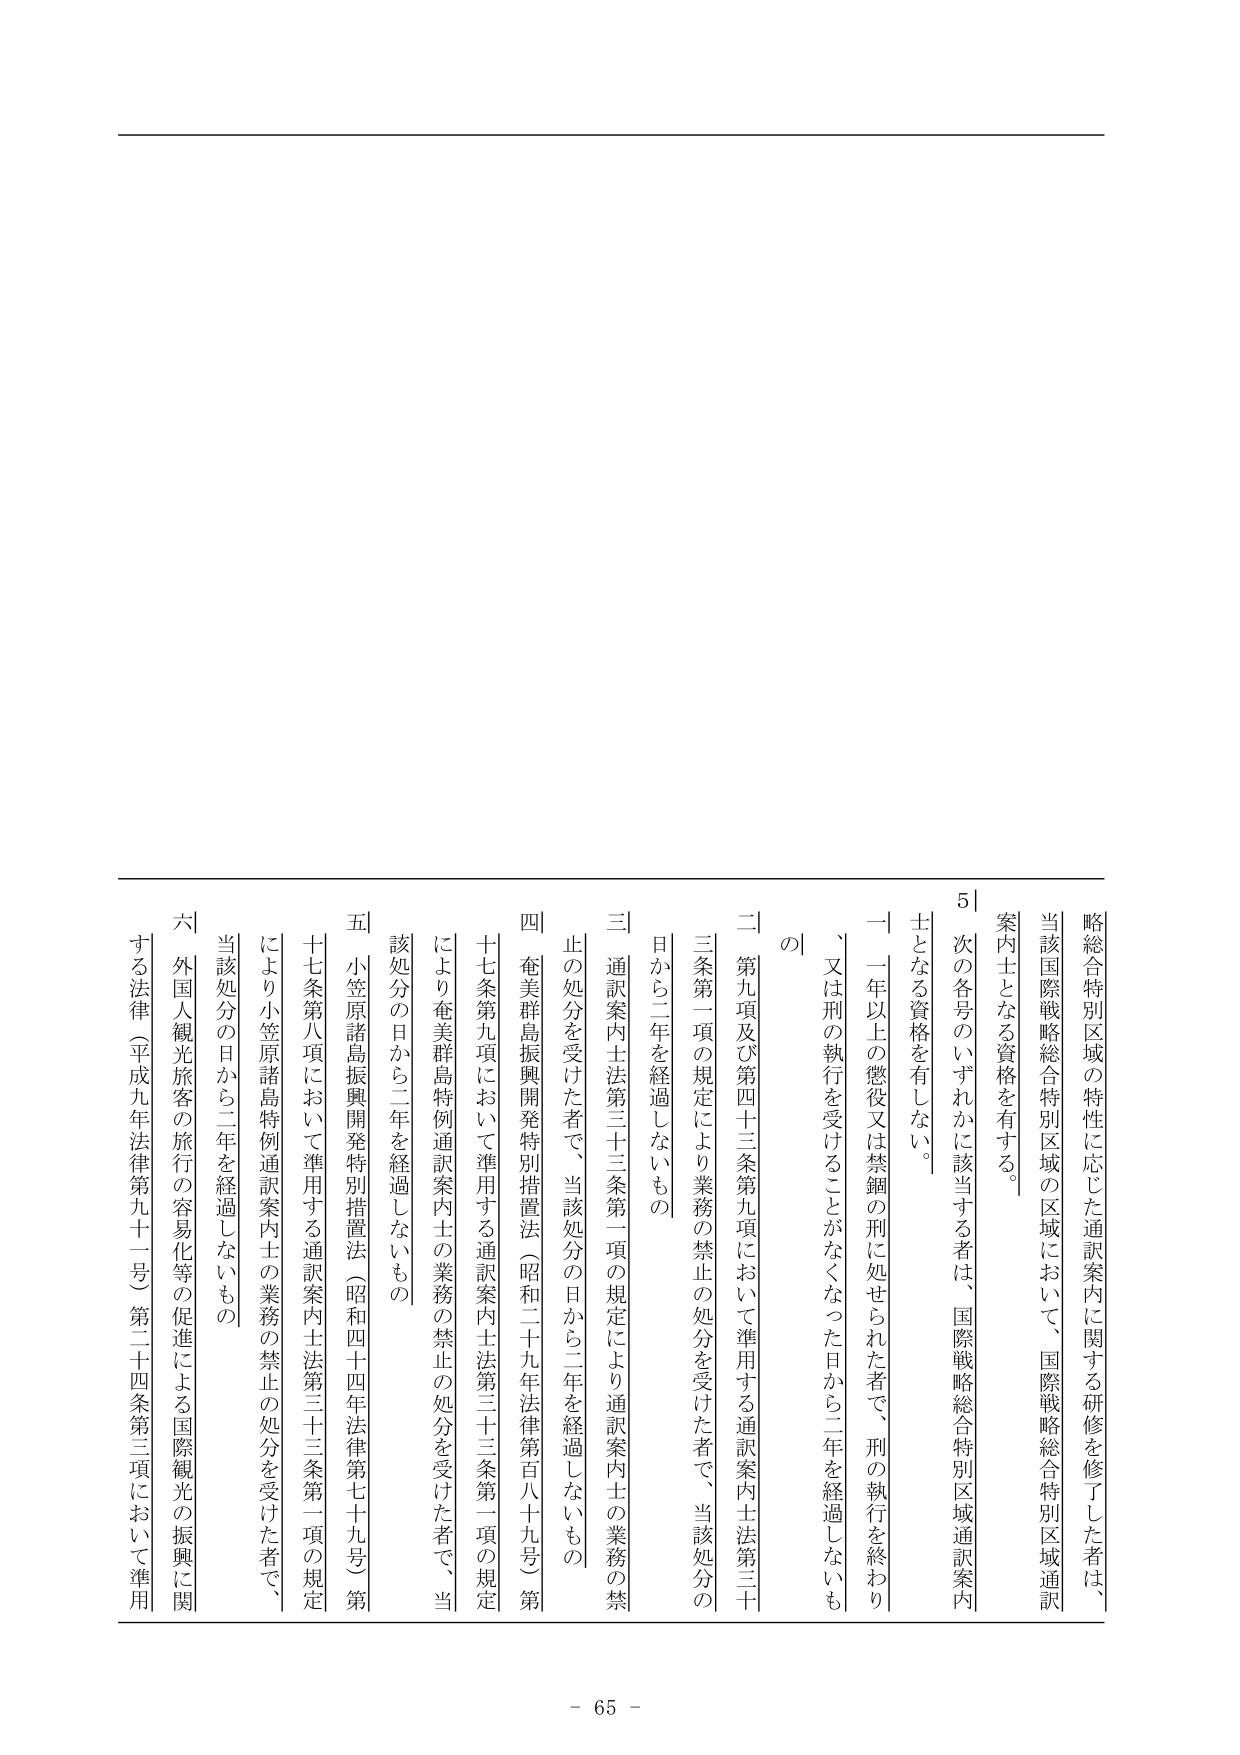
略総合特別区域の特性に応じた通訳案内に関する研修を修了した者は、
当該国際戦略総合特別区域の区域において、国際戦略総合特別区域通訳
案内士となる資格を有する。
5｜次 の 各 号 の い ず れ か に 該 当 す る 者 は 、国 際 戦 略 総 合 特 別 区 域 通 訳 案 内
士 と な る 資 格 を 有 し な い 。
一 一 年 以 上 の 懲 役 又 は 禁 錮 の 刑 に 処 せ ら れ た 者 で 、刑 の 執 行 を 終 わ り
、又 は 刑 の 執 行 を 受 け る こ と が な く な っ た 日 か ら 二 年 を 経 過 し な い も
の
二 第 九 項 及 び 第 四 十 三 条 第 九 項 に お い て 準 用 す る 通 訳 案 内 士 法 第 三 十
三 条 第 一 項 の 規 定 に よ り 業 務 の 禁 止 の 処 分 を 受 け た 者 で 、当 該 処 分 の
日 か ら 二 年 を 経 過 し な い も の
三 通 訳 案 内 士 法 第 三 十 三 条 第 一 項 の 規 定 に よ り 通 訳 案 内 士 の 業 務 の 禁
止 の 処 分 を 受 け た 者 で 、当 該 処 分 の 日 か ら 二 年 を 経 過 し な い も の
四 奄 美 群 島 振 興 開 発 特 別 措 置 法 （ 昭 和 二 十 九 年 法 律 第 百 八 十 九 号 ） 第
十 七 条 第 九 項 に お い て 準 用 す る 通 訳 案 内 士 法 第 三 十 三 条 第 一 項 の 規 定
に よ り 奄 美 群 島 特 例 通 訳 案 内 士 の 業 務 の 禁 止 の 処 分 を 受 け た 者 で 、当
該 処 分 の 日 か ら 二 年 を 経 過 し な い も の
五 小 笠 原 諸 島 振 興 開 発 特 別 措 置 法 （ 昭 和 四 十 四 年 法 律 第 七 十 九 号 ） 第
十 七 条 第 八 項 に お い て 準 用 す る 通 訳 案 内 士 法 第 三 十 三 条 第 一 項 の 規 定
に よ り 小 笠 原 諸 島 特 例 通 訳 案 内 士 の 業 務 の 禁 止 の 処 分 を 受 け た 者 で 、
当 該 処 分 の 日 か ら 二 年 を 経 過 し な い も の
六 外 国 人 観 光 旅 客 の 旅 行 の 容 易 化 等 の 促 進 に よ る 国 際 観 光 の 振 興 に 関
す る 法 律 （ 平 成 九 年 法 律 第 九 十 一 号 ） 第 二 十 四 条 第 三 項 に お い て 準 用
- 65 -